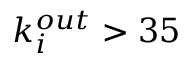
k _ { i } ^ { o u t } > 3 5